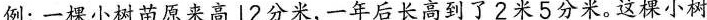
例：一棵小树苗原来高l2分米，一年后长高到了2米5分米。这棵小树